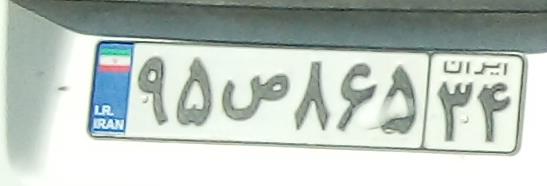
۹۵ص۸۶۵۳۴